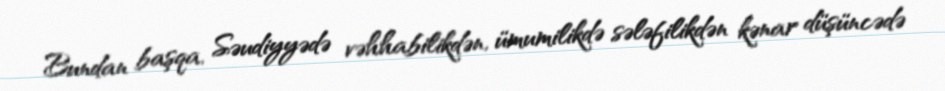
Bundan başqa, Səudiyyədə vəhhabilikdən, ümumilikdə sələfilikdən kənar düşüncədə